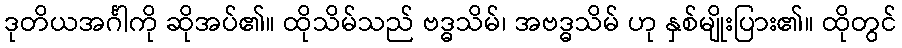
ဒုတိယအင်္ဂါကို ဆိုအပ်၏။ ထိုသိမ်သည် ဗဒ္ဓသိမ်၊ အဗဒ္ဓသိမ် ဟု နှစ်မျိုးပြား၏။ ထိုတွင်